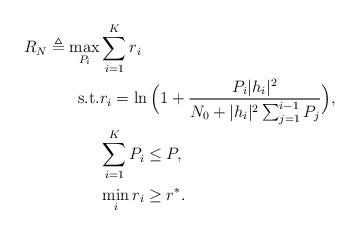
LaTeX: \begin{align*} \begin{aligned}R_{ {N}}\triangleq \max_{{P}_i}&\sum_{i=1}^K r_i \\\mathrm{s.t.} &r_i=\ln \Big(1+\frac{P_i|h_i|^2}{N_0+|h_i|^2\sum_{j=1}^{i-1}P_j}\Big),\\&\sum_{i=1}^K P_i\leq P,\\ &\min_i r_i\geq r^*.\end{aligned}\end{align*}